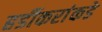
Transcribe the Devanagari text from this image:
हर्डीकरांकडे